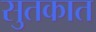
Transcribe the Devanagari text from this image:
सुतकात